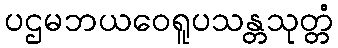
ပဌမဘယဝေရူပသန္တသုတ္တံ